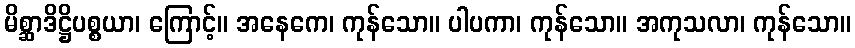
မိစ္ဆာဒိဋ္ဌိပစ္စယာ၊ ကြောင့်။ အနေကေ၊ ကုန်သော။ ပါပကာ၊ ကုန်သော။ အကုသလာ၊ ကုန်သော။